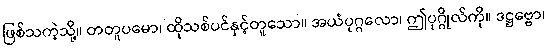
ဖြစ်သကဲ့သို့။ တတူပမော၊ ထိုသစ်ပင်နှင့်တူသော။ အယံပုဂ္ဂလော၊ ဤပုဂ္ဂိုလ်ကို။ ဒဋ္ဌဗ္ဗော၊